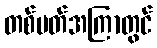
တစ်ပတ်အကြာတွင်